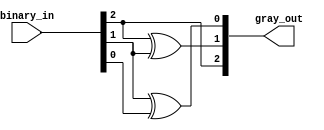
module gray_code_encoder (
    input  [2:0] binary_in,  // 3-bit binary input
    output [2:0] gray_out     // 3-bit Gray code output
);

// Assigning Gray code outputs based on the binary input
assign gray_out[2] = binary_in[2];             // G2 = B2
assign gray_out[1] = binary_in[2] ^ binary_in[1]; // G1 = B2 XOR B1
assign gray_out[0] = binary_in[1] ^ binary_in[0]; // G0 = B1 XOR B0

endmodule